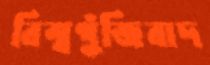
বিশ্বপুঁজিবাদ